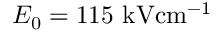
E _ { 0 } = 1 1 5 \ensuremath { ~ \mathrm { k V } \mathrm { c m } ^ { - 1 } }